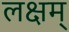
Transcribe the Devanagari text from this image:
लक्षम्